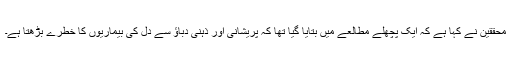
محققین نے کہا ہے کہ ایک پچھلے مطالعے میں بتایا گیا تھا کہ پریشانی اور ذہنی دباؤ سے دل کی بیماریوں کا خطرے بڑھتا ہے۔